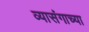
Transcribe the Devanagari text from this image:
व्यासंगाच्या